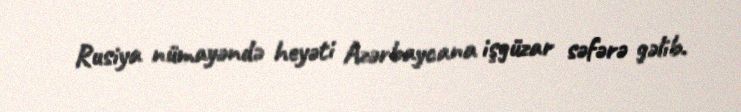
Rusiya nümayəndə heyəti Azərbaycana işgüzar səfərə gəlib.